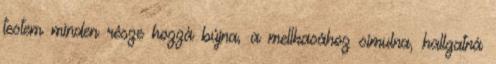
testem minden része hozzá bújna, a mellkasához simulna, hallgatná